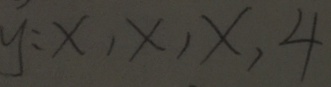
y : x , x , x , 4